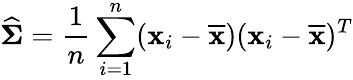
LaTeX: {\widehat{\boldsymbol{\Sigma}}}={\frac{1}{n}}\sum_{i=1}^{n}({\mathbf{x}}_{i}-{\overline{{\mathbf{x}}}})({\mathbf{x}}_{i}-{\overline{{\mathbf{x}}}})^{T}